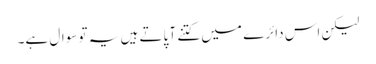
لیکن اس دائرے میں کتنے آ پاتے ہیں یہ تو سوال ہے۔